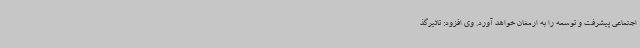
اجتماعی پیشرفت و توسعه را به ارمغان خواهد آورد. وی افزود: تاثیرگذ